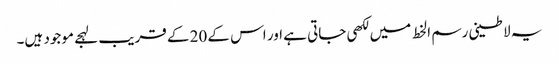
یہ لاطینی رسم الخط میں لکھی جاتی ہے اور اس کے 20 کے قریب لہجے موجود ہیں۔